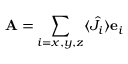
{ \bf A } = \sum _ { i = x , y , z } \langle \hat { J } _ { i } \rangle { \bf e } _ { i }